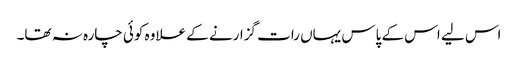
اس لیے اس کے پاس یہاں رات گزارنے کے علاوہ کوئی چارہ نہ تھا۔